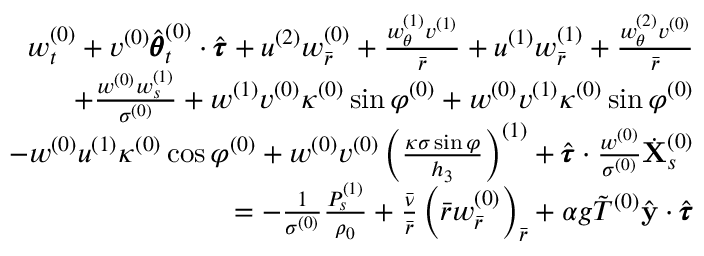
\begin{array} { r } { w _ { t } ^ { ( 0 ) } + v ^ { ( 0 ) } \hat { \pmb { \theta } } _ { t } ^ { ( 0 ) } \cdot \hat { \pmb { \tau } } + u ^ { ( 2 ) } w _ { \bar { r } } ^ { ( 0 ) } + \frac { w _ { \theta } ^ { ( 1 ) } v ^ { ( 1 ) } } { \bar { r } } + u ^ { ( 1 ) } w _ { \bar { r } } ^ { ( 1 ) } + \frac { w _ { \theta } ^ { ( 2 ) } v ^ { ( 0 ) } } { \bar { r } } } \\ { + \frac { w ^ { ( 0 ) } w _ { s } ^ { ( 1 ) } } { \sigma ^ { ( 0 ) } } + w ^ { ( 1 ) } v ^ { ( 0 ) } \kappa ^ { ( 0 ) } \sin \varphi ^ { ( 0 ) } + w ^ { ( 0 ) } v ^ { ( 1 ) } \kappa ^ { ( 0 ) } \sin \varphi ^ { ( 0 ) } } \\ { - w ^ { ( 0 ) } u ^ { ( 1 ) } \kappa ^ { ( 0 ) } \cos \varphi ^ { ( 0 ) } + w ^ { ( 0 ) } v ^ { ( 0 ) } \left( \frac { \kappa \sigma \sin \varphi } { h _ { 3 } } \right) ^ { ( 1 ) } + \hat { \pmb { \tau } } \cdot \frac { w ^ { ( 0 ) } } { \sigma ^ { ( 0 ) } } \dot { \mathbf { X } } _ { s } ^ { ( 0 ) } } \\ { = - \frac { 1 } { \sigma ^ { ( 0 ) } } \frac { P _ { s } ^ { ( 1 ) } } { \rho _ { 0 } } + \frac { \bar { \nu } } { \bar { r } } \left( \bar { r } w _ { \bar { r } } ^ { ( 0 ) } \right) _ { \bar { r } } + \alpha g \Tilde { T } ^ { ( 0 ) } \hat { \mathbf { y } } \cdot \hat { \pmb { \tau } } } \end{array}